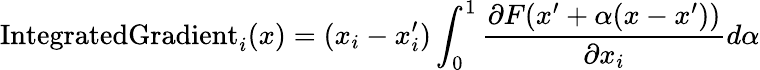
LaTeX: \textrm{IntegratedGradient}_{i}(x)=(x_{i}-x_{i}^{\prime})\int_{0}^{1}\frac{\partial F(x^{\prime}+\alpha(x-x^{\prime}))}{\partial x_{i}}d\alpha